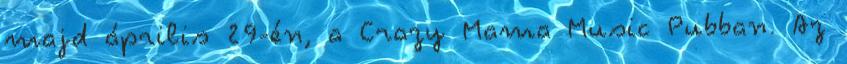
majd április 29-én, a Crazy Mama Music Pubban. Az